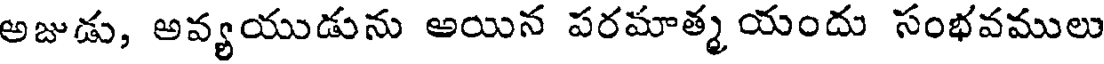
అజుడు, అవ్యయుడును అయిన పరమాత్మ యందు సంభవములు